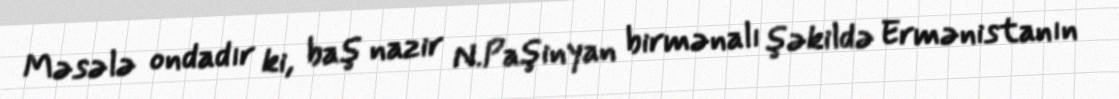
Məsələ ondadır ki, baş nazir N.Paşinyan birmənalı şəkildə Ermənistanın